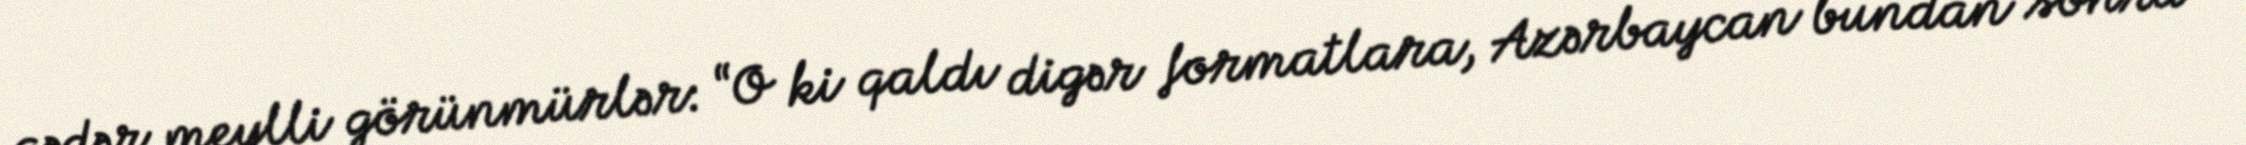
qədər meylli görünmürlər: “O ki qaldı digər formatlara, Azərbaycan bundan sonra